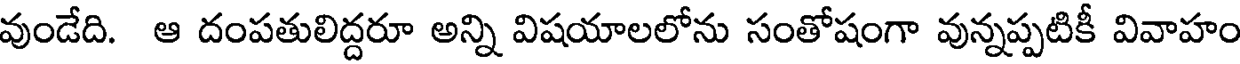
వుండేది. ఆ దంపతులిద్దరూ అన్ని విషయాలలోను సంతోషంగా వున్నప్పటికీ వివాహం